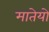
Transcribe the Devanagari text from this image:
मातेयो